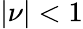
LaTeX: |\nu|<1